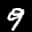
Label: 9